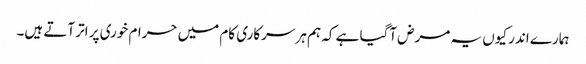
ہمارے اندر کیوں یہ مرض آگیا ہے کہ ہم ہر سرکاری کام میں حرام خوری پر اتر آتے ہیں۔